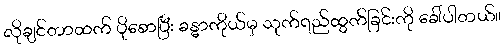
လိုချင်တာထက် ပိုစောပြီး ခန္ဓာကိုယ်မှ သုက်ရည်ထွက်ခြင်းကို ခေါ်ပါတယ်။